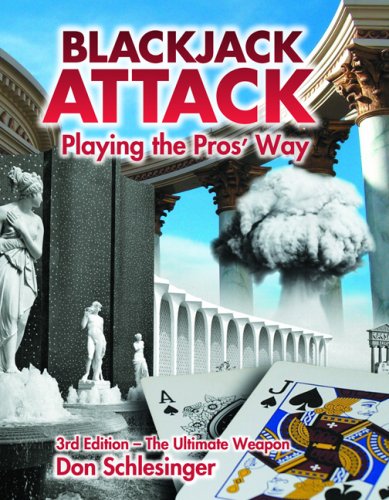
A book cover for Blackjack Attack: Playing the Pros' Way; Don Schlesinger; Humor & Entertainment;